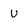
Character: u